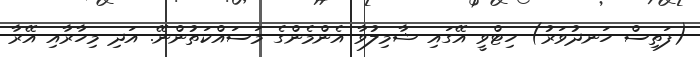
(ފަތިސް ހަނދުވަރު) ހިޓްވީ އޭގައި ޝާމިލުވާ އެންމެންގެ މަސައްކަތުންނޭ. އަދި މިހާރާއި އޭރާ